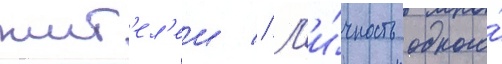
жит'ел'еи // Л'и́чность одного́